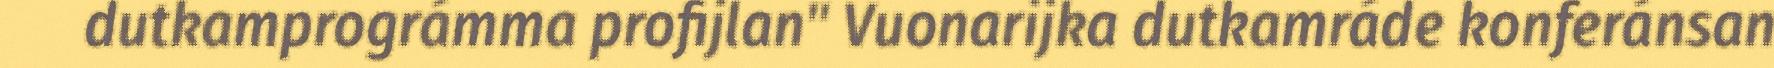
dutkamprográmma profijlan" Vuonarijka dutkamráde konferánsan